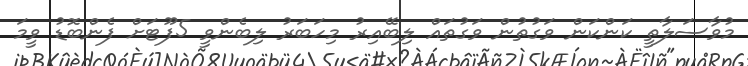
މުވާސަލާތީ ކަންކަން ވަގުތުން ވަގުތައް ލިބޭއިރު މިހަބަރު ލިބެންވީ 5ފޫޓަށް ފެންބޮޑު ވީމަ